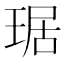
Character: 琚